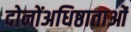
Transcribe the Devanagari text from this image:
दोनोंअधिष्ठाताओं